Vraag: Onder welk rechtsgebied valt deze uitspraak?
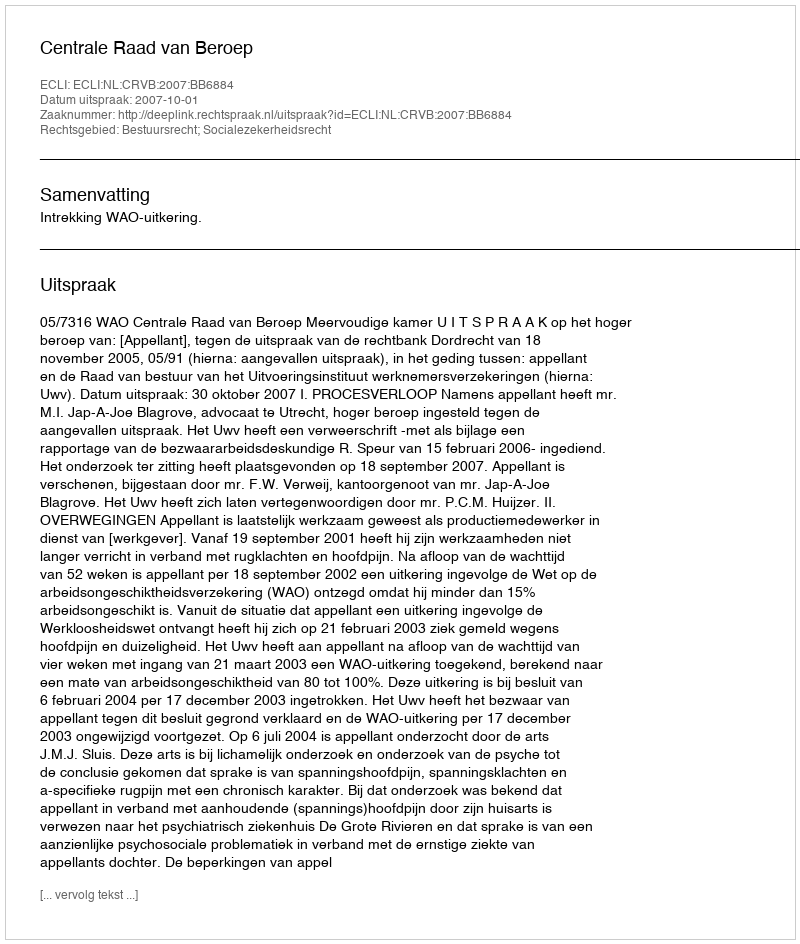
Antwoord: Bestuursrecht; Socialezekerheidsrecht